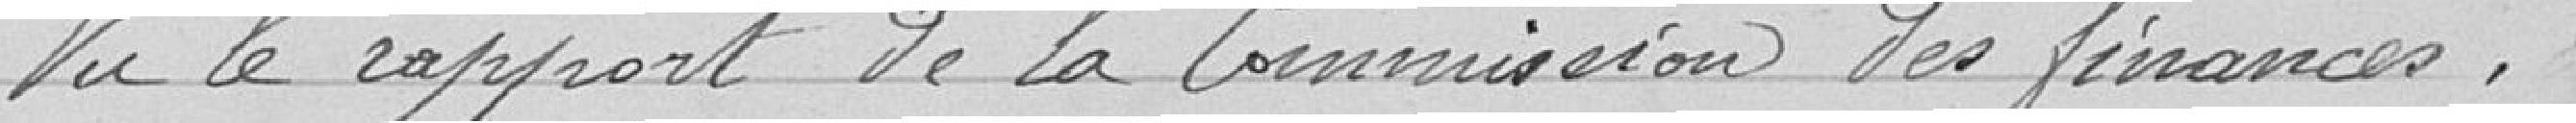
Vu le rapport de la Commission des finances,